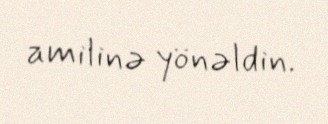
amilinə yönəldin.